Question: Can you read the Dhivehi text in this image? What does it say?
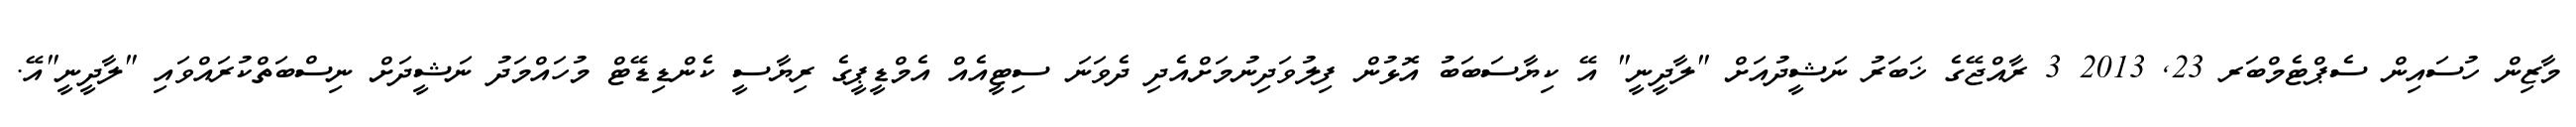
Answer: މާޒިން ހުސައިން ސެޕްޓެމްބަރ 23, 2013 3 ރާއްޖޭގެ ޚަބަރު ނަޝީދުއަށް "ލާދީނީ" އޭ ކިޔާސަބަބު އޮޅުން ފިލުވަދިނުމަށްއެދި ދެވަނަ ސިޓީއެއް އެމްޑީޕީގެ ރިޔާސީ ކެންޑިޑޭޓް މުހައްމަދު ނަޝީދަށް ނިސްބަތްކުރައްވައި "ލާދީނީ"އޭ.